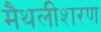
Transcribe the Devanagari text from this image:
मैथलीशरण